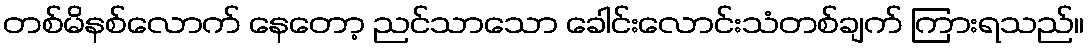
တစ်မိနစ်လောက် နေတော့ ညင်သာသော ခေါင်းလောင်းသံတစ်ချက် ကြားရသည်။